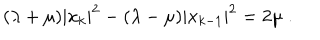
LaTeX: ( \lambda + \mu ) | x _ { k } | ^ { 2 } - ( \lambda - \mu ) | x _ { k - 1 } | ^ { 2 } = 2 \mu \; .